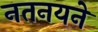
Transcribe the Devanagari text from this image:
नतनयने